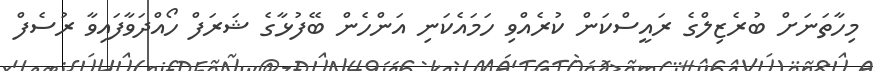
މިހާތަނަށް ބުރެޒިލްގެ ރައީސްކަން ކުރެއްވި ހަމައެކަނި އަންހެން ބޭފުޅާގެ ޝަރަފް ހޯއްދަވާފައިވާ ރުސެފް